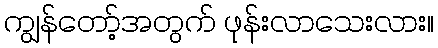
ကျွန်တော့်အတွက် ဖုန်းလာသေးလား။